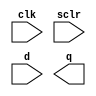
module shifter_w1_d128 (
  clk, sclr, d, q
)/* synthesis syn_black_box syn_noprune=1 */;
  input clk;
  input sclr;
  input [0 : 0] d;
  output [0 : 0] q;
  
  // synthesis translate_off
  
  wire \\\\\\\\\\\\\\\\\\\\\\\\\\\\\\\\U0/i_synth/i_bb_inst/Mshreg_f1.only_clb.srl_sig_63_0_6 ;
  wire \\\\\\\\\\\\\\\\\\\\\\\\\\\\\\\\U0/i_synth/i_bb_inst/N1 ;
  wire \\\\\\\\\\\\\\\\\\\\\\\\\\\\\\\\U0/i_synth/i_bb_inst/f1.only_clb.srl_sig<63>_0 ;
  wire \\\\\\\\\\\\\\\\\\\\\\\\\\\\\\\\NLW_U0/i_synth/i_bb_inst/Mshreg_f1.only_clb.srl_sig_63_1_Q31_UNCONNECTED ;
  wire \\\\\\\\\\\\\\\\\\\\\\\\\\\\\\\\NLW_U0/i_synth/i_bb_inst/Mshreg_f1.only_clb.srl_sig_63_0_Q_UNCONNECTED ;
  SRLC32E #(
    .INIT ( 32'h00000000 ))
  \\\\\\\\\\\\\\\\\\\\\\\\\\\\\\\\U0/i_synth/i_bb_inst/Mshreg_f1.only_clb.srl_sig_63_1  (
    .CLK(clk),
    .D(\\\\\\\\\\\\\\\\\\\\\\\\\\\\\\\\U0/i_synth/i_bb_inst/Mshreg_f1.only_clb.srl_sig_63_0_6 ),
    .CE(\\\\\\\\\\\\\\\\\\\\\\\\\\\\\\\\U0/i_synth/i_bb_inst/N1 ),
    .Q(\\\\\\\\\\\\\\\\\\\\\\\\\\\\\\\\U0/i_synth/i_bb_inst/f1.only_clb.srl_sig<63>_0 ),
    .Q31(\\\\\\\\\\\\\\\\\\\\\\\\\\\\\\\\NLW_U0/i_synth/i_bb_inst/Mshreg_f1.only_clb.srl_sig_63_1_Q31_UNCONNECTED ),
    .A({\\\\\\\\\\\\\\\\\\\\\\\\\\\\\\\\U0/i_synth/i_bb_inst/N1 , \\\\\\\\\\\\\\\\\\\\\\\\\\\\\\\\U0/i_synth/i_bb_inst/N1 , \\\\\\\\\\\\\\\\\\\\\\\\\\\\\\\\U0/i_synth/i_bb_inst/N1 , \\\\\\\\\\\\\\\\\\\\\\\\\\\\\\\\U0/i_synth/i_bb_inst/N1 , \\\\\\\\\\\\\\\\\\\\\\\\\\\\\\\\U0/i_synth/i_bb_inst/N1 })
  );
  SRLC32E #(
    .INIT ( 32'h00000000 ))
  \\\\\\\\\\\\\\\\\\\\\\\\\\\\\\\\U0/i_synth/i_bb_inst/Mshreg_f1.only_clb.srl_sig_63_0  (
    .CLK(clk),
    .D(d[0]),
    .CE(\\\\\\\\\\\\\\\\\\\\\\\\\\\\\\\\U0/i_synth/i_bb_inst/N1 ),
    .Q(\\\\\\\\\\\\\\\\\\\\\\\\\\\\\\\\NLW_U0/i_synth/i_bb_inst/Mshreg_f1.only_clb.srl_sig_63_0_Q_UNCONNECTED ),
    .Q31(\\\\\\\\\\\\\\\\\\\\\\\\\\\\\\\\U0/i_synth/i_bb_inst/Mshreg_f1.only_clb.srl_sig_63_0_6 ),
    .A({\\\\\\\\\\\\\\\\\\\\\\\\\\\\\\\\U0/i_synth/i_bb_inst/N1 , \\\\\\\\\\\\\\\\\\\\\\\\\\\\\\\\U0/i_synth/i_bb_inst/N1 , \\\\\\\\\\\\\\\\\\\\\\\\\\\\\\\\U0/i_synth/i_bb_inst/N1 , \\\\\\\\\\\\\\\\\\\\\\\\\\\\\\\\U0/i_synth/i_bb_inst/N1 , \\\\\\\\\\\\\\\\\\\\\\\\\\\\\\\\U0/i_synth/i_bb_inst/N1 })
  );
  VCC   \\\\\\\\\\\\\\\\\\\\\\\\\\\\\\\\U0/i_synth/i_bb_inst/XST_VCC  (
    .P(\\\\\\\\\\\\\\\\\\\\\\\\\\\\\\\\U0/i_synth/i_bb_inst/N1 )
  );
  FDR #(
    .INIT ( 1'b0 ))
  \\\\\\\\\\\\\\\\\\\\\\\\\\\\\\\\U0/i_synth/i_bb_inst/gen_output_regs.output_regs/fd/output_1  (
    .C(clk),
    .D(\\\\\\\\\\\\\\\\\\\\\\\\\\\\\\\\U0/i_synth/i_bb_inst/f1.only_clb.srl_sig<63>_0 ),
    .R(sclr),
    .Q(q[0])
  );

// synthesis translate_on

endmodule